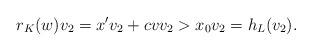
LaTeX: \begin{align*}r_K(w)v_2=x'v_2+cvv_2>x_0v_2=h_L(v_2).\end{align*}